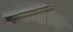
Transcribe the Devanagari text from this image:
त्रोम्लिन